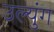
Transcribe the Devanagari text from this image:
उल्युंग